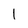
Character: I